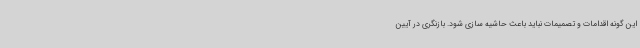
این گونه اقدامات و تصمیمات نباید باعث حاشیه سازی شود. بازنگری در آیین